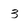
Character: 3